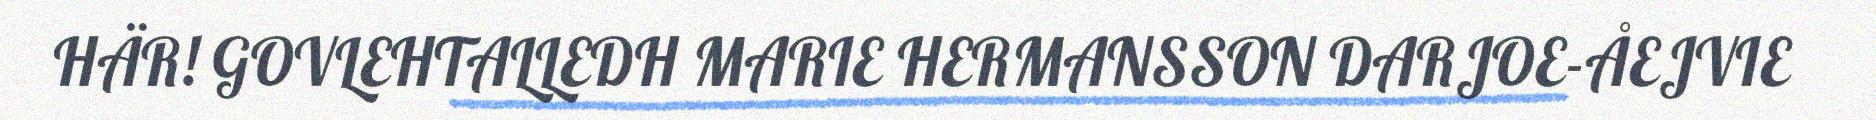
HÄR! GOVLEHTALLEDH MARIE HERMANSSON DARJOE-ÅEJVIE